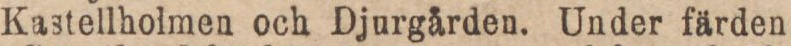
Kastellholmen och Djurgården. Under färden